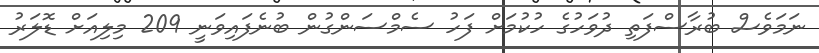
ނަމަވެސް ބުރާސްފަތި ދުވަހުގެ ހުކުމަށް ފަހު ސެމްސަންގުން ބުނެފައިވަނީ 209 މިލިއަށް ޑޮލަރު